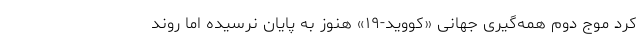
کرد موج دوم همه‌گیری جهانی «کووید-۱۹» هنوز به پایان نرسیده اما روند